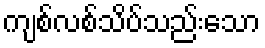
ကျစ်လစ်သိပ်သည်းသော